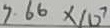
7 . 6 6 \times 1 0 ^ { 7 }